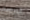
الترويج